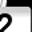
Digit: 2